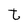
Character: t